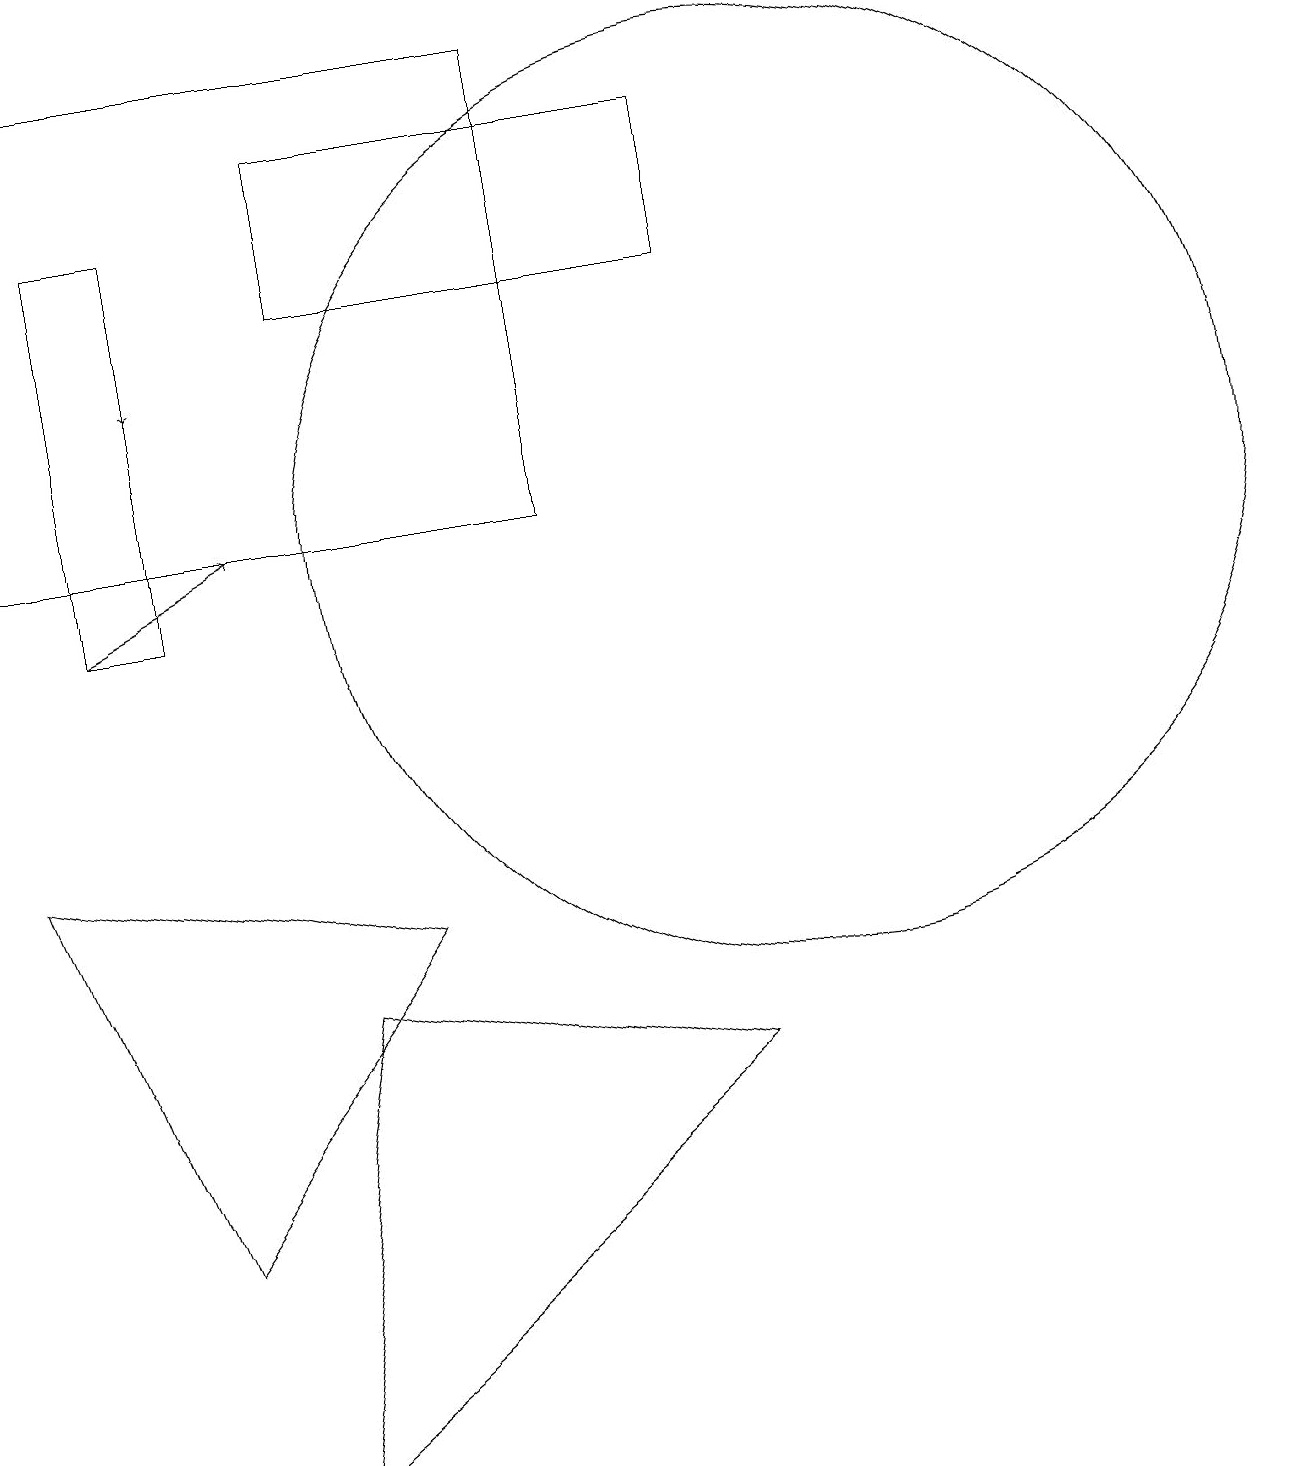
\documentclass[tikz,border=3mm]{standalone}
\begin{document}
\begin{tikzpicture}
\draw (9,5) -- (4,6) -- (3,0) -- cycle;
\draw (2,11) rectangle (1,16);
\draw (2,3) -- (5,7) -- (0,8) -- cycle;
\draw[->] (1,11) -- (3,12);
\draw (10,12) circle (6);
\draw[->] (2,15) -- (2,14);
\draw (9,15) rectangle (4,17);
\draw (7,18) rectangle (0,12);
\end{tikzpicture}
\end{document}